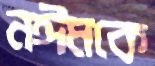
নঈমকে